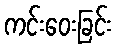
ကင်းဝေးခြင်း